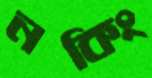
নকিং